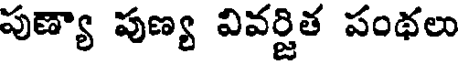
పుణ్యా పుణ్య వివర్జిత పంథలు